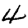
Digit: 4